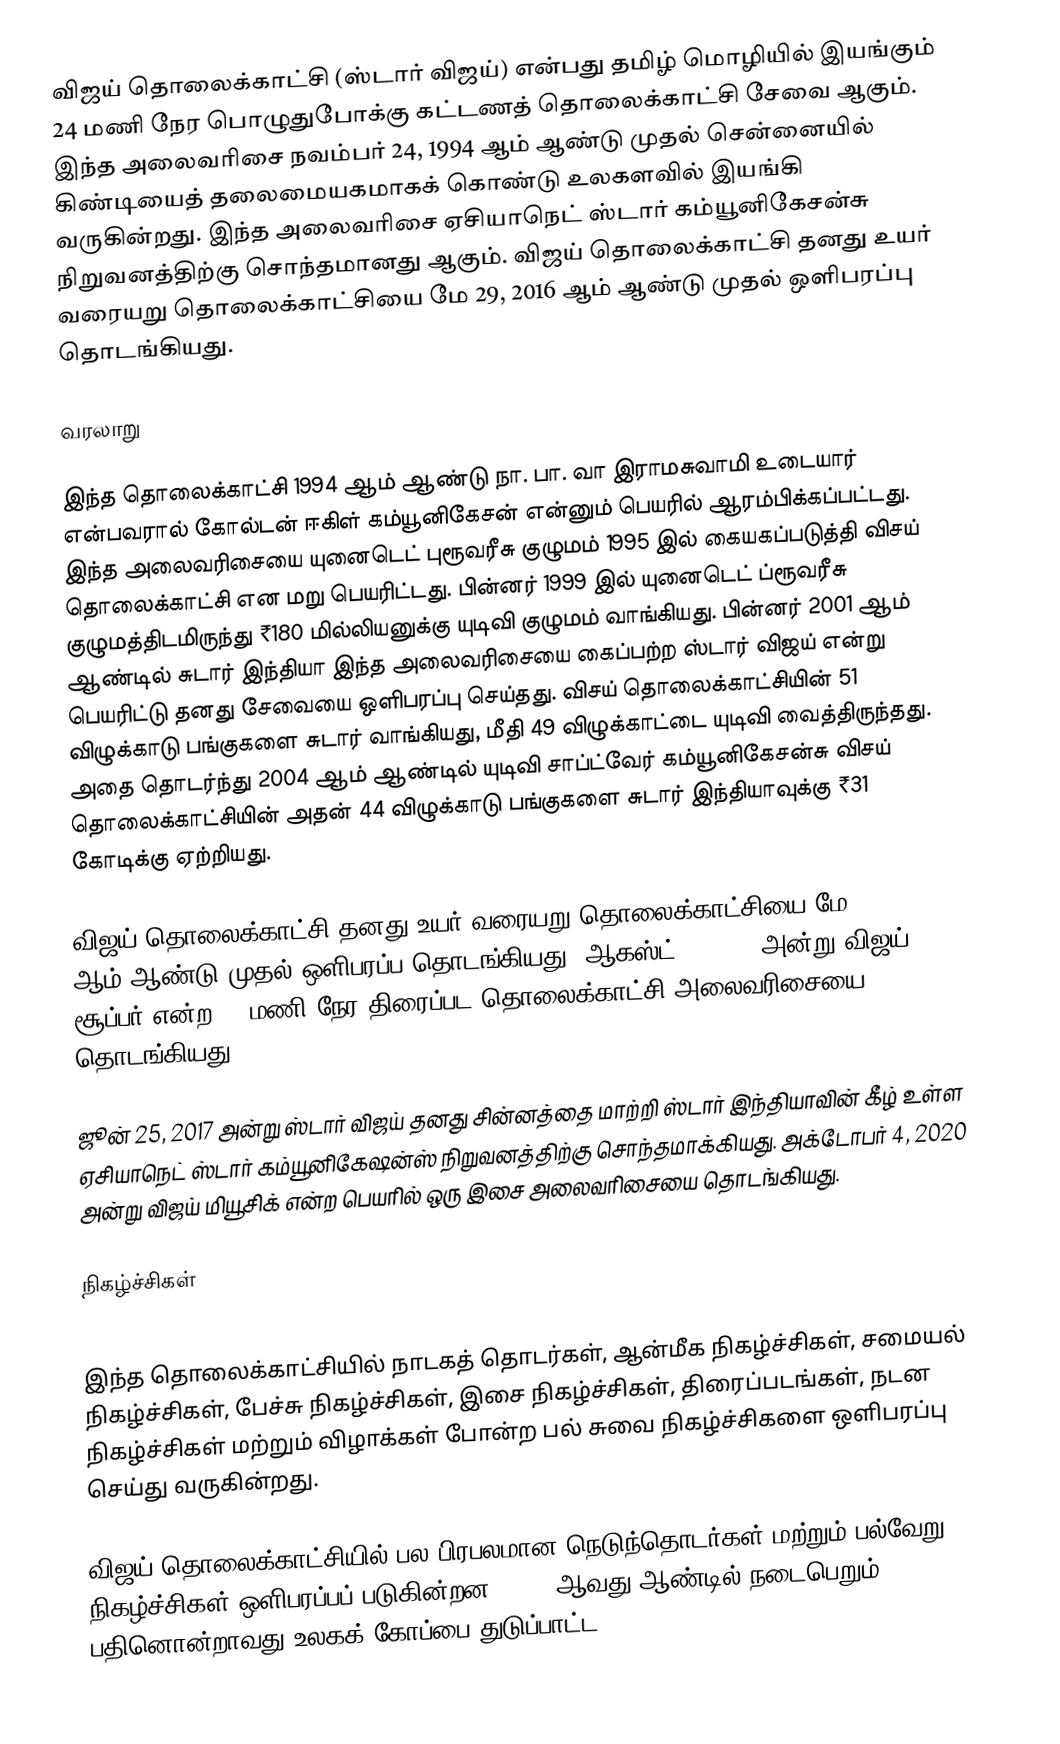
விஜய் தொலைக்காட்சி (ஸ்டார் விஜய்) என்பது தமிழ் மொழியில் இயங்கும் 24 மணி நேர பொழுதுபோக்கு கட்டணத் தொலைக்காட்சி சேவை ஆகும். இந்த அலைவரிசை நவம்பர்  24, 1994 ஆம் ஆண்டு முதல் சென்னையில் கிண்டியைத் தலைமையகமாகக் கொண்டு உலகளவில் இயங்கி வருகின்றது. இந்த அலைவரிசை ஏசியாநெட் ஸ்டார் கம்யூனிகேசன்சு நிறுவனத்திற்கு சொந்தமானது ஆகும். விஜய் தொலைக்காட்சி தனது உயர் வரையறு தொலைக்காட்சியை மே 29, 2016 ஆம் ஆண்டு முதல் ஒளிபரப்பு தொடங்கியது.

வரலாறு

இந்த தொலைக்காட்சி 1994 ஆம் ஆண்டு நா. பா. வா இராமசுவாமி உடையார் என்பவரால் கோல்டன் ஈகிள் கம்யூனிகேசன் என்னும் பெயரில் ஆரம்பிக்கப்பட்டது. இந்த அலைவரிசையை  யுனைடெட் புரூவரீசு குழுமம் 1995 இல் கையகப்படுத்தி விசய் தொலைக்காட்சி என மறு பெயரிட்டது. பின்னர் 1999 இல் யுனைடெட் ப்ரூவரீசு குழுமத்திடமிருந்து ₹180 மில்லியனுக்கு யுடிவி குழுமம் வாங்கியது. பின்னர் 2001 ஆம் ஆண்டில் சுடார் இந்தியா இந்த அலைவரிசையை கைப்பற்ற ஸ்டார் விஜய் என்று பெயரிட்டு தனது சேவையை ஒளிபரப்பு செய்தது. விசய் தொலைக்காட்சியின்  51 விழுக்காடு பங்குகளை சுடார் வாங்கியது, மீதி 49 விழுக்காட்டை யுடிவி வைத்திருந்தது. அதை தொடர்ந்து 2004 ஆம் ஆண்டில் யுடிவி சாப்ட்வேர் கம்யூனிகேசன்சு விசய் தொலைக்காட்சியின் அதன் 44 விழுக்காடு பங்குகளை சுடார் இந்தியாவுக்கு ₹31 கோடிக்கு ஏற்றியது.

விஜய் தொலைக்காட்சி தனது உயர் வரையறு தொலைக்காட்சியை மே 29, 2016 ஆம் ஆண்டு முதல் ஒளிபரப்ப தொடங்கியது. ஆகஸ்ட் 25 2016 அன்று விஜய் சூப்பர் என்ற 24 மணி நேர திரைப்பட தொலைக்காட்சி அலைவரிசையை தொடங்கியது.

ஜூன் 25, 2017 அன்று ஸ்டார் விஜய் தனது சின்னத்தை மாற்றி ஸ்டார் இந்தியாவின் கீழ் உள்ள ஏசியாநெட் ஸ்டார் கம்யூனிகேஷன்ஸ் நிறுவனத்திற்கு சொந்தமாக்கியது. அக்டோபர் 4, 2020 அன்று விஜய் மியூசிக் என்ற பெயரில் ஒரு இசை அலைவரிசையை தொடங்கியது.

நிகழ்ச்சிகள்

இந்த தொலைக்காட்சியில் நாடகத் தொடர்கள், ஆன்மீக நிகழ்ச்சிகள், சமையல் நிகழ்ச்சிகள், பேச்சு நிகழ்ச்சிகள், இசை நிகழ்ச்சிகள், திரைப்படங்கள், நடன நிகழ்ச்சிகள் மற்றும் விழாக்கள் போன்ற பல் சுவை நிகழ்ச்சிகளை ஒளிபரப்பு செய்து வருகின்றது.

விஜய் தொலைக்காட்சியில் பல பிரபலமான நெடுந்தொடர்கள் மற்றும் பல்வேறு நிகழ்ச்சிகள் ஒளிபரப்பப் படுகின்றன. 2015 ஆவது ஆண்டில் நடைபெறும் பதினொன்றாவது உலகக் கோப்பை துடுப்பாட்ட